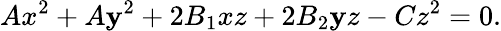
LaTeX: Ax^{2}+A\mathbf{y}^{2}+2B_{1}xz+2B_{2}\mathbf{y}z-Cz^{2}=0.